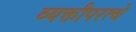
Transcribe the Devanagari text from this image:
व्यक्तीपरत्वे